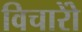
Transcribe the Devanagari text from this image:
विचारोें